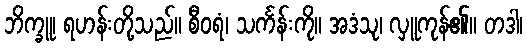
ဘိက္ခူ၊ ရဟန်းတို့သည်။ စီဝရံ၊ သင်္ကန်းကို။ အဒံသု၊ လှူကုန်၏။ တဒါ၊